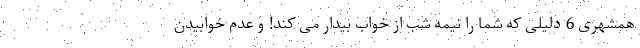
همشهری 6 دلیلی که شما را نیمه شب از خواب بیدار می کند! و عدم خوابیدن